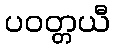
ပဝတ္တယီ